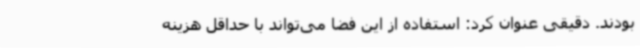
بودند. دقیقی عنوان کرد: استفاده از این فضا می‌تواند با حداقل هزینه